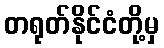
တရုတ်နိုင်ငံတို့မှ